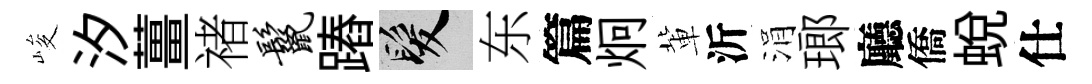
峻汐薑禇鬣蹖髮东篇炯軰沂涓瑯廳僑蛻仕